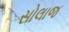
સોલાજ